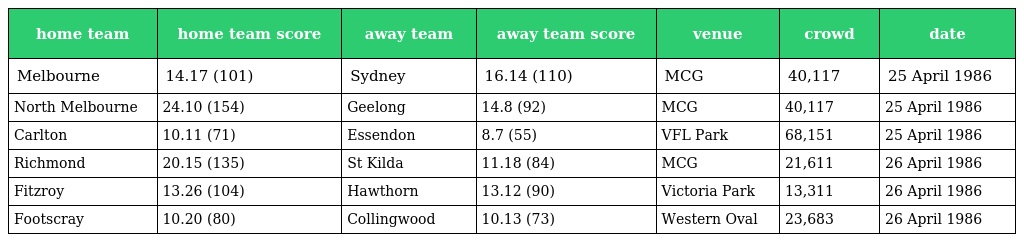
| home team | home team score | away team | away team score | venue | crowd | date |
 | --- | --- | --- | --- | --- | --- | --- |
 | Melbourne | 14.17 (101) | Sydney | 16.14 (110) | MCG | 40,117 | 25 April 1986 |
 | North Melbourne | 24.10 (154) | Geelong | 14.8 (92) | MCG | 40,117 | 25 April 1986 |
 | Carlton | 10.11 (71) | Essendon | 8.7 (55) | VFL Park | 68,151 | 25 April 1986 |
 | Richmond | 20.15 (135) | St Kilda | 11.18 (84) | MCG | 21,611 | 26 April 1986 |
 | Fitzroy | 13.26 (104) | Hawthorn | 13.12 (90) | Victoria Park | 13,311 | 26 April 1986 |
 | Footscray | 10.20 (80) | Collingwood | 10.13 (73) | Western Oval | 23,683 | 26 April 1986 |